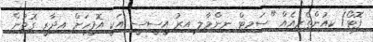
ފޮޓޯ/ ކިއުންތެރިއެއް "ސަމިޓް ނިންމާލި އިރު އީސީސީ އަކީ އޮފީހަށް އިދާރީ ގޮތުން